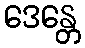
ဒေန္တေ